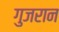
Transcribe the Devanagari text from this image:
गुजरान